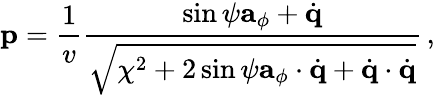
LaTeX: {\mathbf p}=\frac{1}{v}\frac{\sin\psi{\mathbf a}_{\phi}+\dot{\mathbf q}}{\sqrt{\chi^{2}+2\sin\psi{\mathbf a}_{\phi}\cdot\dot{\mathbf q}+\dot{\mathbf q}\cdot\dot{\mathbf q}}}\, ,